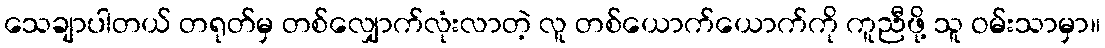
သေချာပါတယ် တရုတ်မှ တစ်လျှောက်လုံးလာတဲ့ လူ တစ်ယောက်ယောက်ကို ကူညီဖို့ သူ ဝမ်းသာမှာ။